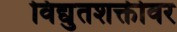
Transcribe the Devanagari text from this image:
विद्युतशक्तीवर